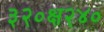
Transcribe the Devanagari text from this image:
३२०क्ष२४०